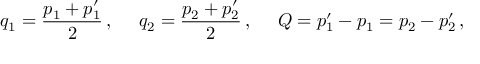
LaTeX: q _ { 1 } = { \frac { p _ { 1 } + p _ { 1 } ^ { \prime } } { 2 } } \, , \ \ \ \ q _ { 2 } = { \frac { p _ { 2 } + p _ { 2 } ^ { \prime } } { 2 } } \, , \ \ \ \ Q = p _ { 1 } ^ { \prime } - p _ { 1 } = p _ { 2 } - p _ { 2 } ^ { \prime } \, ,